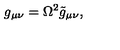
g _ { \mu \nu } = \Omega ^ { 2 } \tilde { g } _ { \mu \nu } ,